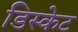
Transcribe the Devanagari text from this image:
डिस्केट